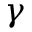
\gamma